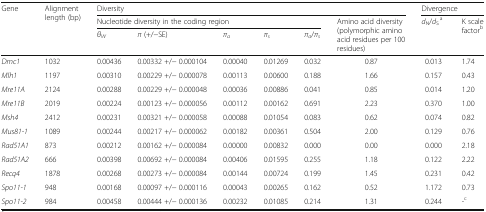
<table><thead><tr><td rowspan="3"><b>Gene</b></td><td rowspan="3"><b>Alignment length (bp)</b></td><td colspan="6"><b>Diversity</b></td><td colspan="2"><b>Divergence</b></td></tr><tr><td colspan="5"><b>Nucleotide diversity in the coding region</b></td><td rowspan="2"><b>Amino acid diversity (polymorphic amino acid residues per 100 residues)</b></td><td rowspan="2"><b><i>d</i><sub>N</sub>/<i>d</i><sub>S</sub><sup>a</sup></b></td><td rowspan="2"><b>K scale factor<sup>b</sup></b></td></tr><tr><td><b><i>θ</i><sub><i>W</i></sub></b></td><td><b><i>π</i> (+/−SE)</b></td><td><b><i>π</i><sub><i>a</i></sub></b></td><td><b><i>π</i><sub><i>s</i></sub></b></td><td><b><i>π</i><sub><i>a</i></sub>/<i>π</i><sub><i>s</i></sub></b></td></tr></thead><tbody><tr><td><i>Dmc1</i></td><td>1032</td><td>0.00436</td><td>0.00332 +/− 0.000104</td><td>0.00040</td><td>0.01269</td><td>0.032</td><td>0.87</td><td>0.013</td><td>1.74</td></tr><tr><td><i>Mlh1</i></td><td>1197</td><td>0.00310</td><td>0.00229 +/− 0.000078</td><td>0.00113</td><td>0.00600</td><td>0.188</td><td>1.66</td><td>0.157</td><td>0.43</td></tr><tr><td><i>Mre11A</i></td><td>2124</td><td>0.00288</td><td>0.00229 +/− 0.000048</td><td>0.00036</td><td>0.00886</td><td>0.041</td><td>0.85</td><td>0.014</td><td>1.20</td></tr><tr><td><i>Mre11B</i></td><td>2019</td><td>0.00224</td><td>0.00123 +/− 0.000056</td><td>0.00112</td><td>0.00162</td><td>0.691</td><td>2.23</td><td>0.370</td><td>1.00</td></tr><tr><td><i>Msh4</i></td><td>2412</td><td>0.00231</td><td>0.00321 +/− 0.000058</td><td>0.00088</td><td>0.01054</td><td>0.083</td><td>0.62</td><td>0.074</td><td>0.82</td></tr><tr><td><i>Mus81-1</i></td><td>1089</td><td>0.00244</td><td>0.00217 +/− 0.000062</td><td>0.00182</td><td>0.00361</td><td>0.504</td><td>2.00</td><td>0.129</td><td>0.76</td></tr><tr><td><i>Rad51A1</i></td><td>873</td><td>0.00212</td><td>0.00162 +/− 0.000084</td><td>0.00000</td><td>0.00832</td><td>0.000</td><td>0.00</td><td>0.000</td><td>2.18</td></tr><tr><td><i>Rad51A2</i></td><td>666</td><td>0.00398</td><td>0.00692 +/− 0.000084</td><td>0.00406</td><td>0.01595</td><td>0.255</td><td>1.18</td><td>0.122</td><td>2.22</td></tr><tr><td><i>Recq4</i></td><td>1878</td><td>0.00268</td><td>0.00273 +/− 0.000084</td><td>0.00144</td><td>0.00724</td><td>0.199</td><td>1.45</td><td>0.231</td><td>0.42</td></tr><tr><td><i>Spo11-1</i></td><td>948</td><td>0.00168</td><td>0.00097 +/− 0.000116</td><td>0.00043</td><td>0.00265</td><td>0.162</td><td>0.52</td><td>1.172</td><td>0.73</td></tr><tr><td><i>Spo11-2</i></td><td>984</td><td>0.00458</td><td>0.00444 +/− 0.000136</td><td>0.00232</td><td>0.01085</td><td>0.214</td><td>1.31</td><td>0.244</td><td>-<sup>c</sup></td></tr></tbody></table>